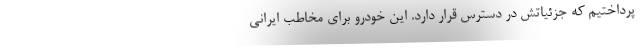
پرداختیم که جزئیاتش در دسترس قرار دارد. این خودرو برای مخاطب ایرانی